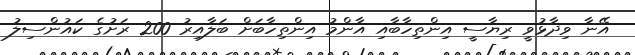
އޭނާ ވިދާޅުވީ ރިޔާސީ އިންތިހާބާއި އާންމު އިންތިހާބަށް ބަލާއިރު 200 ރަށުގެ ކައުންސިލު